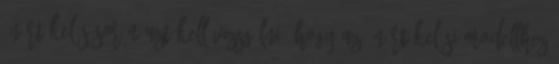
önértékelés során azt kell vizsgálni, hogy az önértékelési modellhez